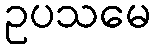
ဥပသမေ